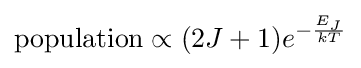
{\text{population}}\propto (2J+1)e^{-{\frac {E_{J}}{kT}}}